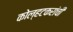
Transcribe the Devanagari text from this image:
कोल्हटकरांची